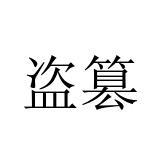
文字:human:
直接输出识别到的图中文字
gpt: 盗篡